V__Kingissepa_nim__kolhoos, lk 100
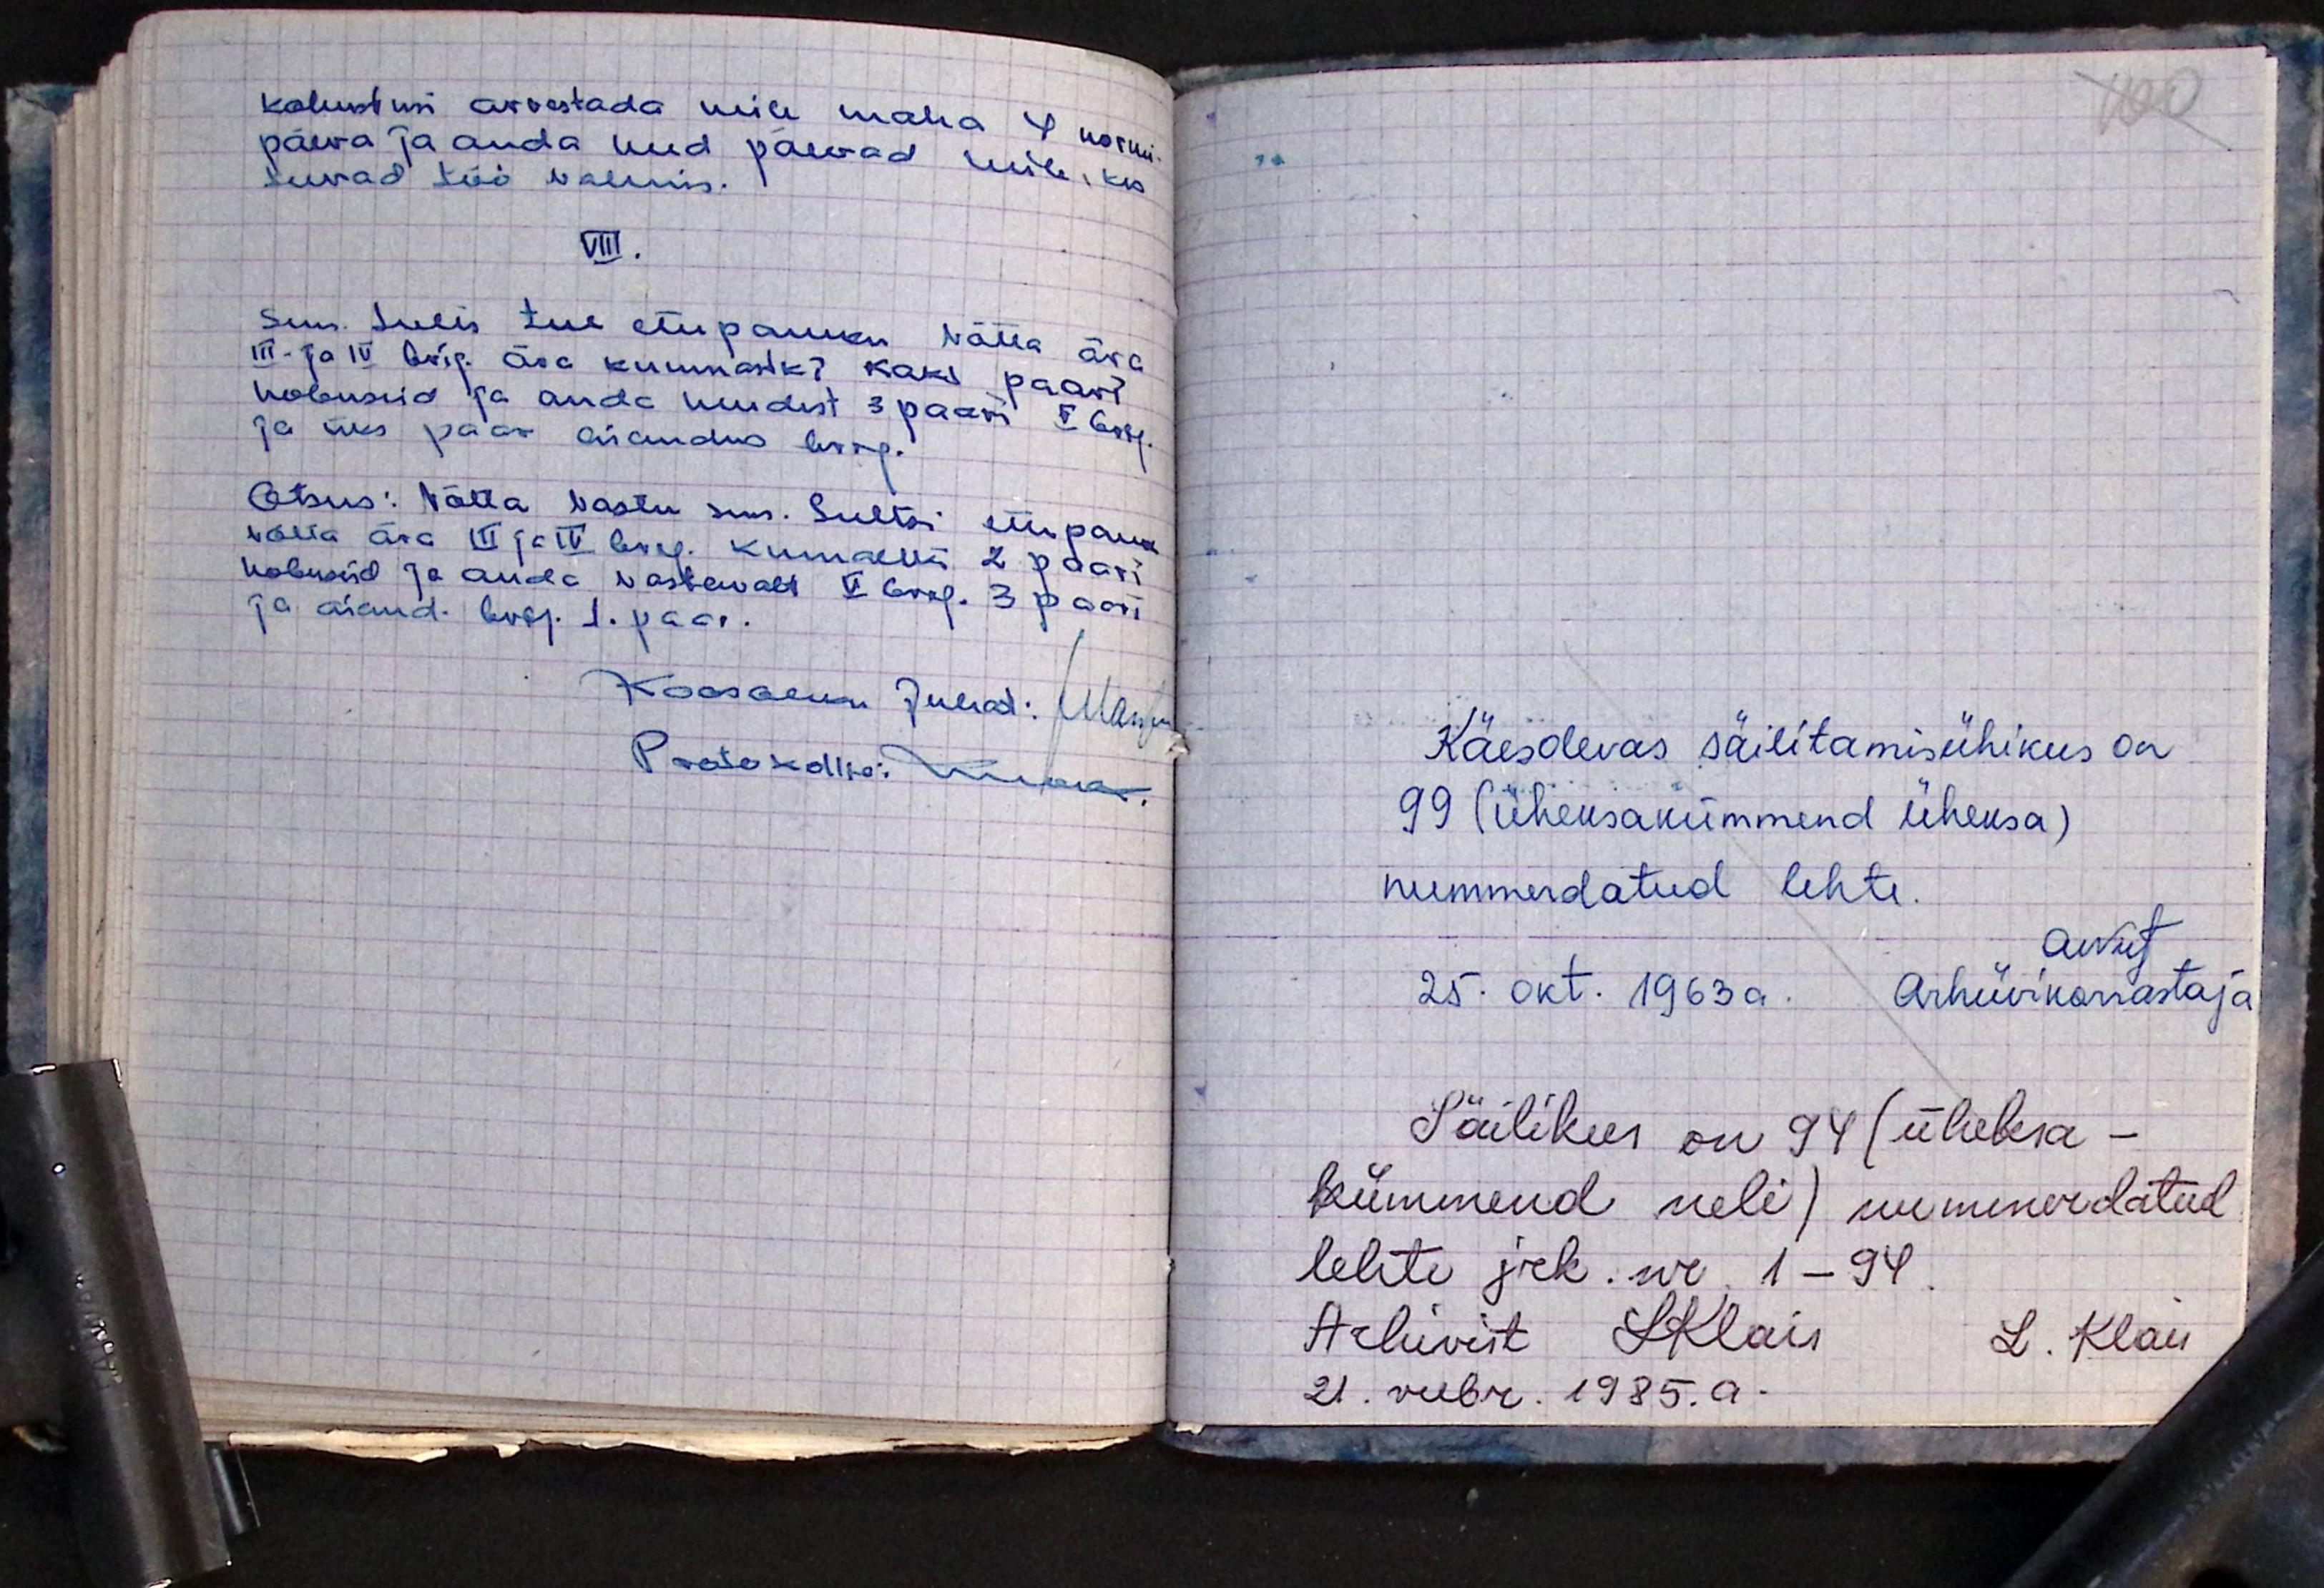
kohustusi arvestada neile maha 4 normi
päeva ja anda need päevad neile, kes
teevad töö valmis.
VIII.
Sms. Sults teeb ettepaneku võtta ära
III- ja IV brig. ära kummastki kaks paari
hobuseid ja anda nendest 3 paari V brig.
ja üks paar aiandus brig.
Otsus: Võtta vastu sms. Sultsi ettepanek
võtta ära III ja IV brg. kummatlki 2 paari.
hobuseid ja anda vastavalt V brig. 3 paari
ja aiand. brig. 1. paar.
Koosolekut Juhat: Wilma
Protokollia: niiua

100
Käesolevas säilitamistoimikus on
99 (üheksakümmend üheksa)
nummerdatud lehte
Auvat
25. okt. 1963a. Arhiivikorrastaja
Säilikus on 94 (üheksa-
kümmend neli) nummerdatud
lehte jrk. nr 1-94.
Arhivist LKlais L. Klais
21. veebr. 1985. a.